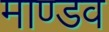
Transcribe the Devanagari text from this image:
माण्डव